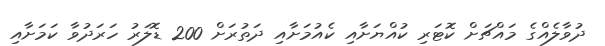
ދުވާލެއްގެ މައްޗަށް ކޮޓަރި ކުއްޔަށާއި ކެއުމަށާއި ދަތުރަށް 200 ޑޮލަރު ހަރަދުވާ ކަމަށާއި